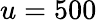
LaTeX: u=500